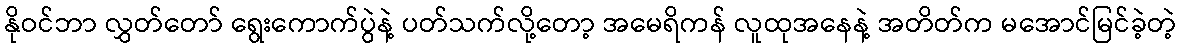
နိုဝင်ဘာ လွှတ်တော် ရွေးကောက်ပွဲနဲ့ ပတ်သက်လို့တော့ အမေရိကန် လူထုအနေနဲ့ အတိတ်က မအောင်မြင်ခဲ့တဲ့